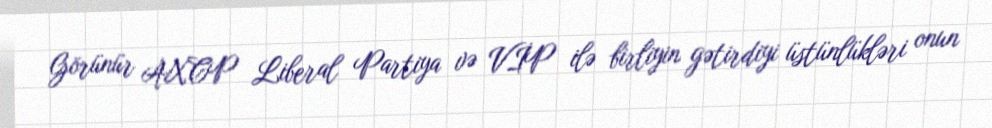
Görünür AXCP Liberal Partiya və VİP ilə birliyin gətirdiyi üstünlükləri onun